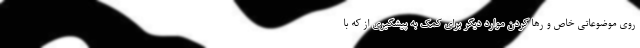
روی موضوعاتی خاص و رها کردن موارد دیگر برای کمک به پیشگیری از که با